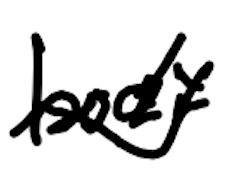
Text: body
Cross-out: wave
Writing tool: digital_black